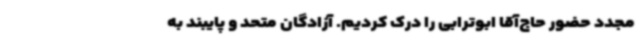
مجدد حضور حاج‌آقا ابوترابی را درک کردیم. آزادگان متحد و پایبند به